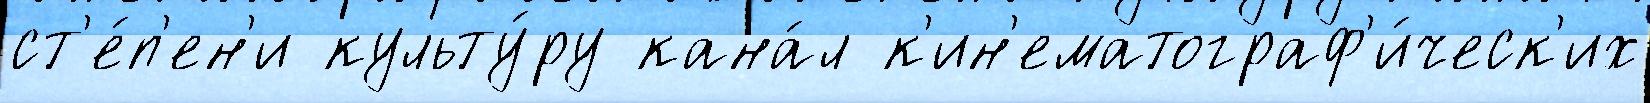
ст'е́п'ен'и культу́ру кана́л к'ин'ематограф'и́ческ'их